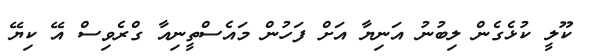
ކޫލީ ކުޅެގެން ލިބުނު އަނިޔާ އަށް ފަހުން މައެސްތީނިއާ ގްރެވިސް އޭ ކިޔޭ